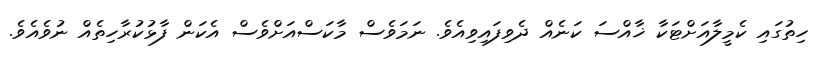
ހިތުގައި ކެމީލާއަށްޓަކާ ޚާއްސަ ކަނެއް ދެވިފައިވިއެވެ. ނަމަވެސް މާކަސްއަށްވެސް އެކަން ފާޅުކުރާހިތެއް ނުވެއެވެ.